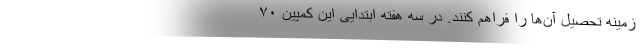
زمینه تحصیل آن‌ها را فراهم کنند. در سه هفته ابتدایی این کمپین ۷۰